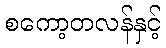
စကော့တလန်နှင့်